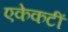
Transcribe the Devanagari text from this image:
एकेकटीं